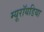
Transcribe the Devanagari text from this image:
म्यूरॉयडिया